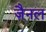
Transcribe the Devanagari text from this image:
ज़ैनल